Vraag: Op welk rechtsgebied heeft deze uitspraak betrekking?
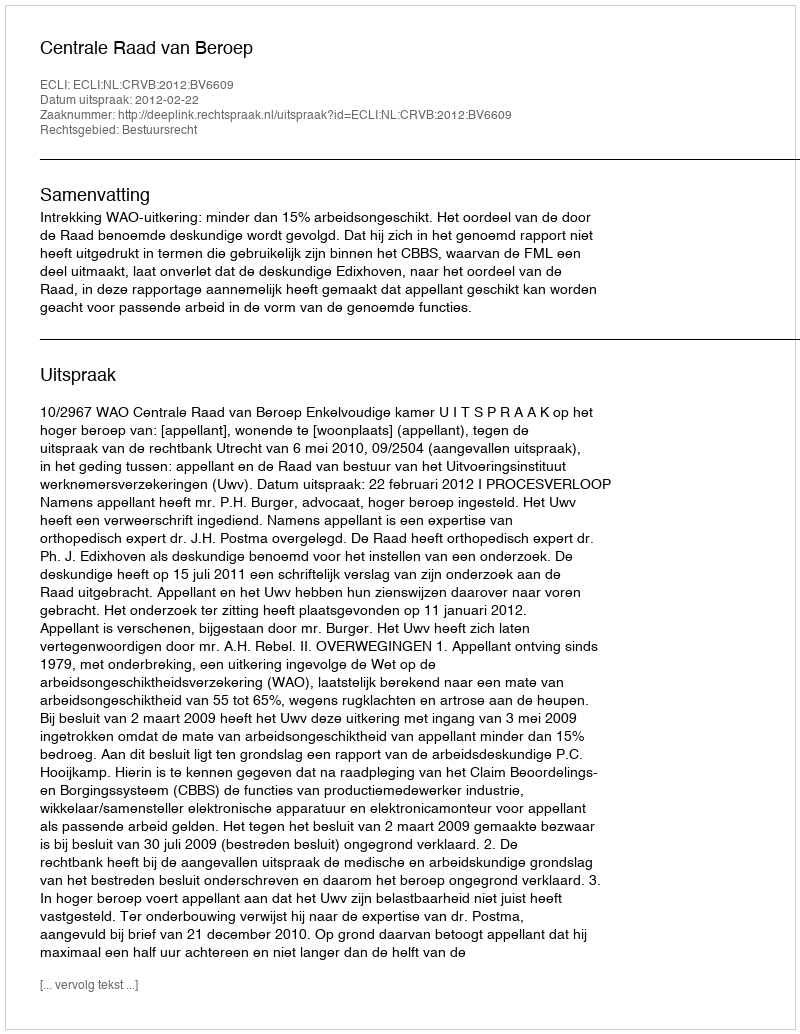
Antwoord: Bestuursrecht